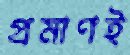
প্রমাণই